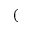
(